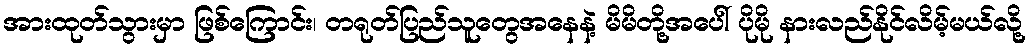
အားထုတ်သွားမှာ ဖြစ်ကြောင်း၊ တရုတ်ပြည်သူတွေအနေနဲ့ မိမိတို့အပေါ် ပိုမို နားလည်နိုင်လိမ့်မယ်လို့